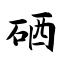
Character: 硒